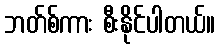
ဘတ်စ်ကား စီးနိုင်ပါတယ်။